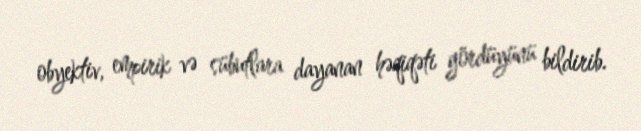
obyektiv, empirik və sübutlara dayanan həqiqəti gördüyünü bildirib.